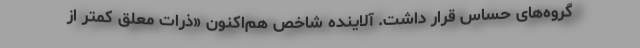
گروه‌های حساس قرار داشت. آلاینده شاخص هم‌اکنون «ذرات معلق کمتر از